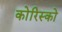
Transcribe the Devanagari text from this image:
कोरिस्को